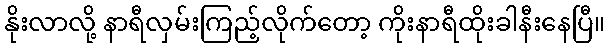
နိုးလာလို့ နာရီလှမ်းကြည့်လိုက်တော့ ကိုးနာရီထိုးခါနီးနေပြီ။